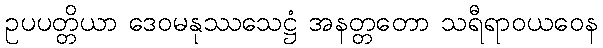
ဥပပတ္တိယာ ဒေဝမနုဿသေဋ္ဌံ အနတ္တတော သရီရာဝယဝေန